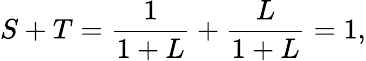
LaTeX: S+T=\frac{1}{1+L}+\frac{L}{1+L}=1,